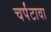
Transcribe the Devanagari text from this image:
चर्पंटावा